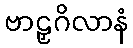
ဗာဠှဂိလာနံ